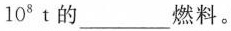
10^{8}t的___燃料。